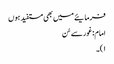
فرمایئے میں بھی مستفید ہوں
امام: غورسے سُن
۱)۔